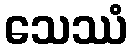
သေဿံ